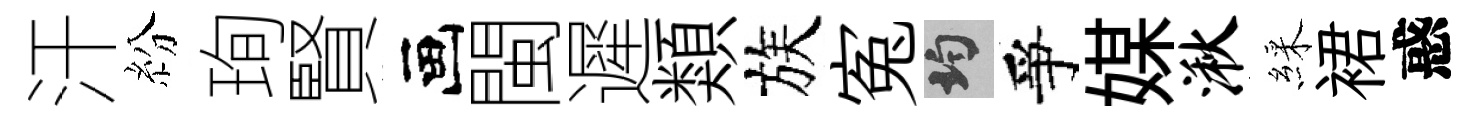
汗紛珣賢画閩遲類族寃均爭媒湫綵裙惑